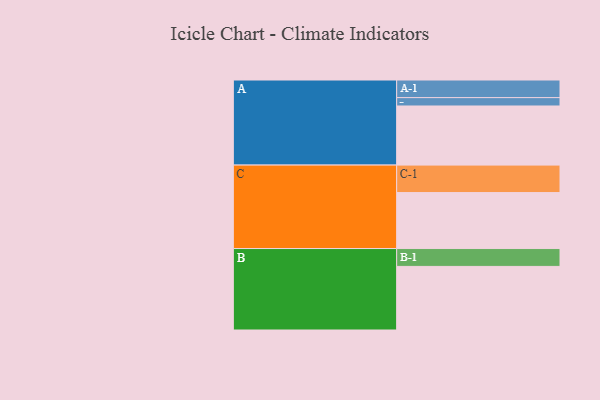
{"axis": {"x": "Segment", "y": "Value"}, "legend": ["", "A", "B", "C"], "data": [{"x": "A", "y": 473, "type": ""}, {"x": "B", "y": 509, "type": ""}, {"x": "C", "y": 448, "type": ""}, {"x": "A-1", "y": 141, "type": "A"}, {"x": "A-2", "y": 67, "type": "A"}, {"x": "B-1", "y": 143, "type": "B"}, {"x": "C-1", "y": 220, "type": "C"}]}